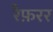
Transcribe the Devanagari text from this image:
रैफ़रर